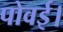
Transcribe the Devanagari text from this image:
पोवई।